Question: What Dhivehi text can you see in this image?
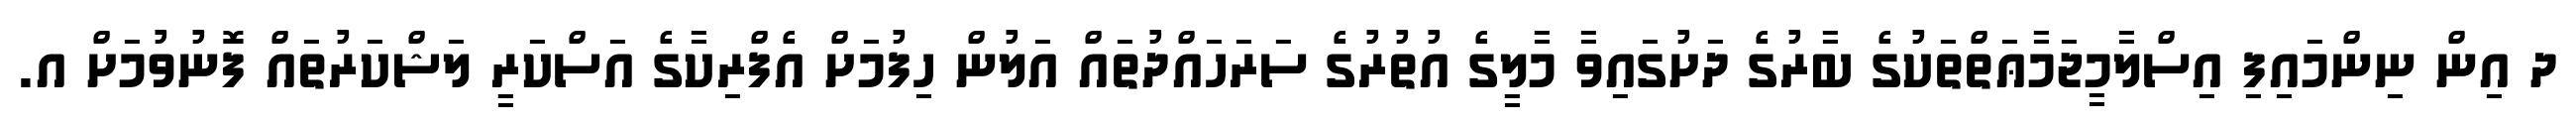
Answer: ދ އިން ނިންމައިފި އިސްލާމީޖަމާޢަތްތަކުގެ ބާރުގެ ދަށުގައިވާ މާލީގެ އުތުރުގެ ސަރަހައްދުތައް އަލުން ހިފުމަށް އެފްރިކާގެ އަސްކަރީ ލަޝްކަރުތައް ފޮނުވުމަށް އ.